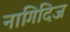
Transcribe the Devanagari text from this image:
नागिदिज